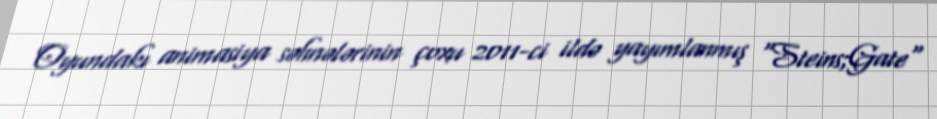
Oyundakı animasiya səhnələrinin çoxu 2011-ci ildə yayımlanmış "Steins;Gate"